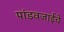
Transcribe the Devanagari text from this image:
पांडवजाईचे